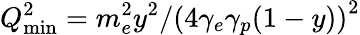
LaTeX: Q_{\mathrm{min}}^{2}=m_{e}^{2}y^{2}/\left(4\gamma_{e}\gamma_{p}(1-y)\right)^{2}